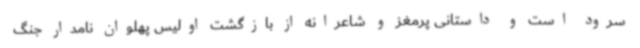
سرود است و داستانی پرمغز و شاعرانه از بازگشت اولیس پهلوان نامدار جنگ